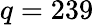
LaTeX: q=239